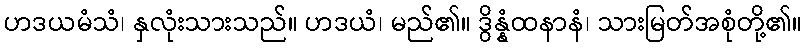
ဟဒယမံသံ၊ နှလုံးသားသည်။ ဟဒယံ၊ မည်၏။ ဒွိန္နံထနာနံ၊ သားမြတ်အစုံတို့၏။